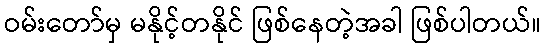
ဝမ်းတော်မှ မနိုင့်တနိုင် ဖြစ်နေတဲ့အခါ ဖြစ်ပါတယ်။